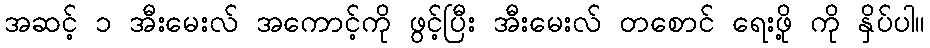
အဆင့် ၁ အီးမေးလ် အကောင့်ကို ဖွင့်ပြီး အီးမေးလ် တစောင် ရေးဖို့ ကို နှိပ်ပါ။